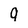
Character: 9